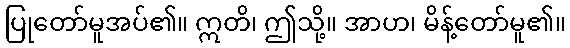
ပြုတော်မူအပ်၏။ ဣတိ၊ ဤသို့။ အာဟ၊ မိန့်တော်မူ၏။